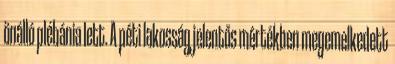
önálló plébánia lett. A péti lakosság jelentős mértékben megemelkedett